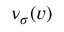
\nu _ { \sigma } ( v )